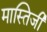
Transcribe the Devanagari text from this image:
मास्तिजी